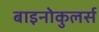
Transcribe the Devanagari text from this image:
बाइनोकुलर्स